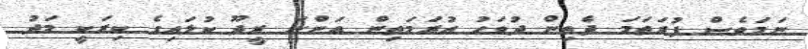
ނަމަވެސް ފުރަތަމަ ދެތިން ދުވަހު އުރަމަތިން އަންނަ ރީދޫ ކުލައިގެ ކިރަކީ މަދު